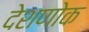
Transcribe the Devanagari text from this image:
देशणोक